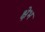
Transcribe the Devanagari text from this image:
क्षेभ